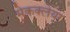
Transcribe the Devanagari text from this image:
मेकक्लेयर